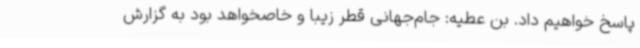
پاسخ خواهیم داد. بن عطیه: جام‌جهانی قطر زیبا و خاصخواهد بود به گزارش